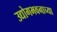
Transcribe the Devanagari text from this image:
उद्योगभवनाच्या